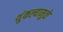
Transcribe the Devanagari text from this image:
थुंकल्यामुळे